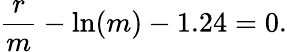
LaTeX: {\frac{r}{m}}-\ln(m)-1.24=0.